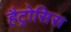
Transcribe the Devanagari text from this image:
हैट्रोसिस